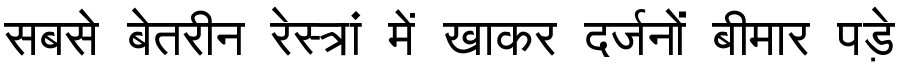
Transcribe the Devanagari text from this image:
सबसे बेतरीन रेस्त्रां में खाकर दर्जनों बीमार पड़े